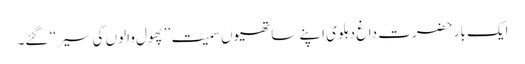
ایک بار حضرت داغ دہلوی اپنے ساتھیوں سمیت ’’پھول والوں کی سیر‘‘ گئے۔